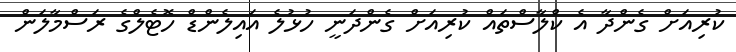
ކުރިއަށް ގެންދާ އެ ކްލާސްތައް ކުރިއަށް ގެންދަނީ ހުޅުލެ އައިލެންޑް ހޮޓެލްގެ ރަސްމާލަން